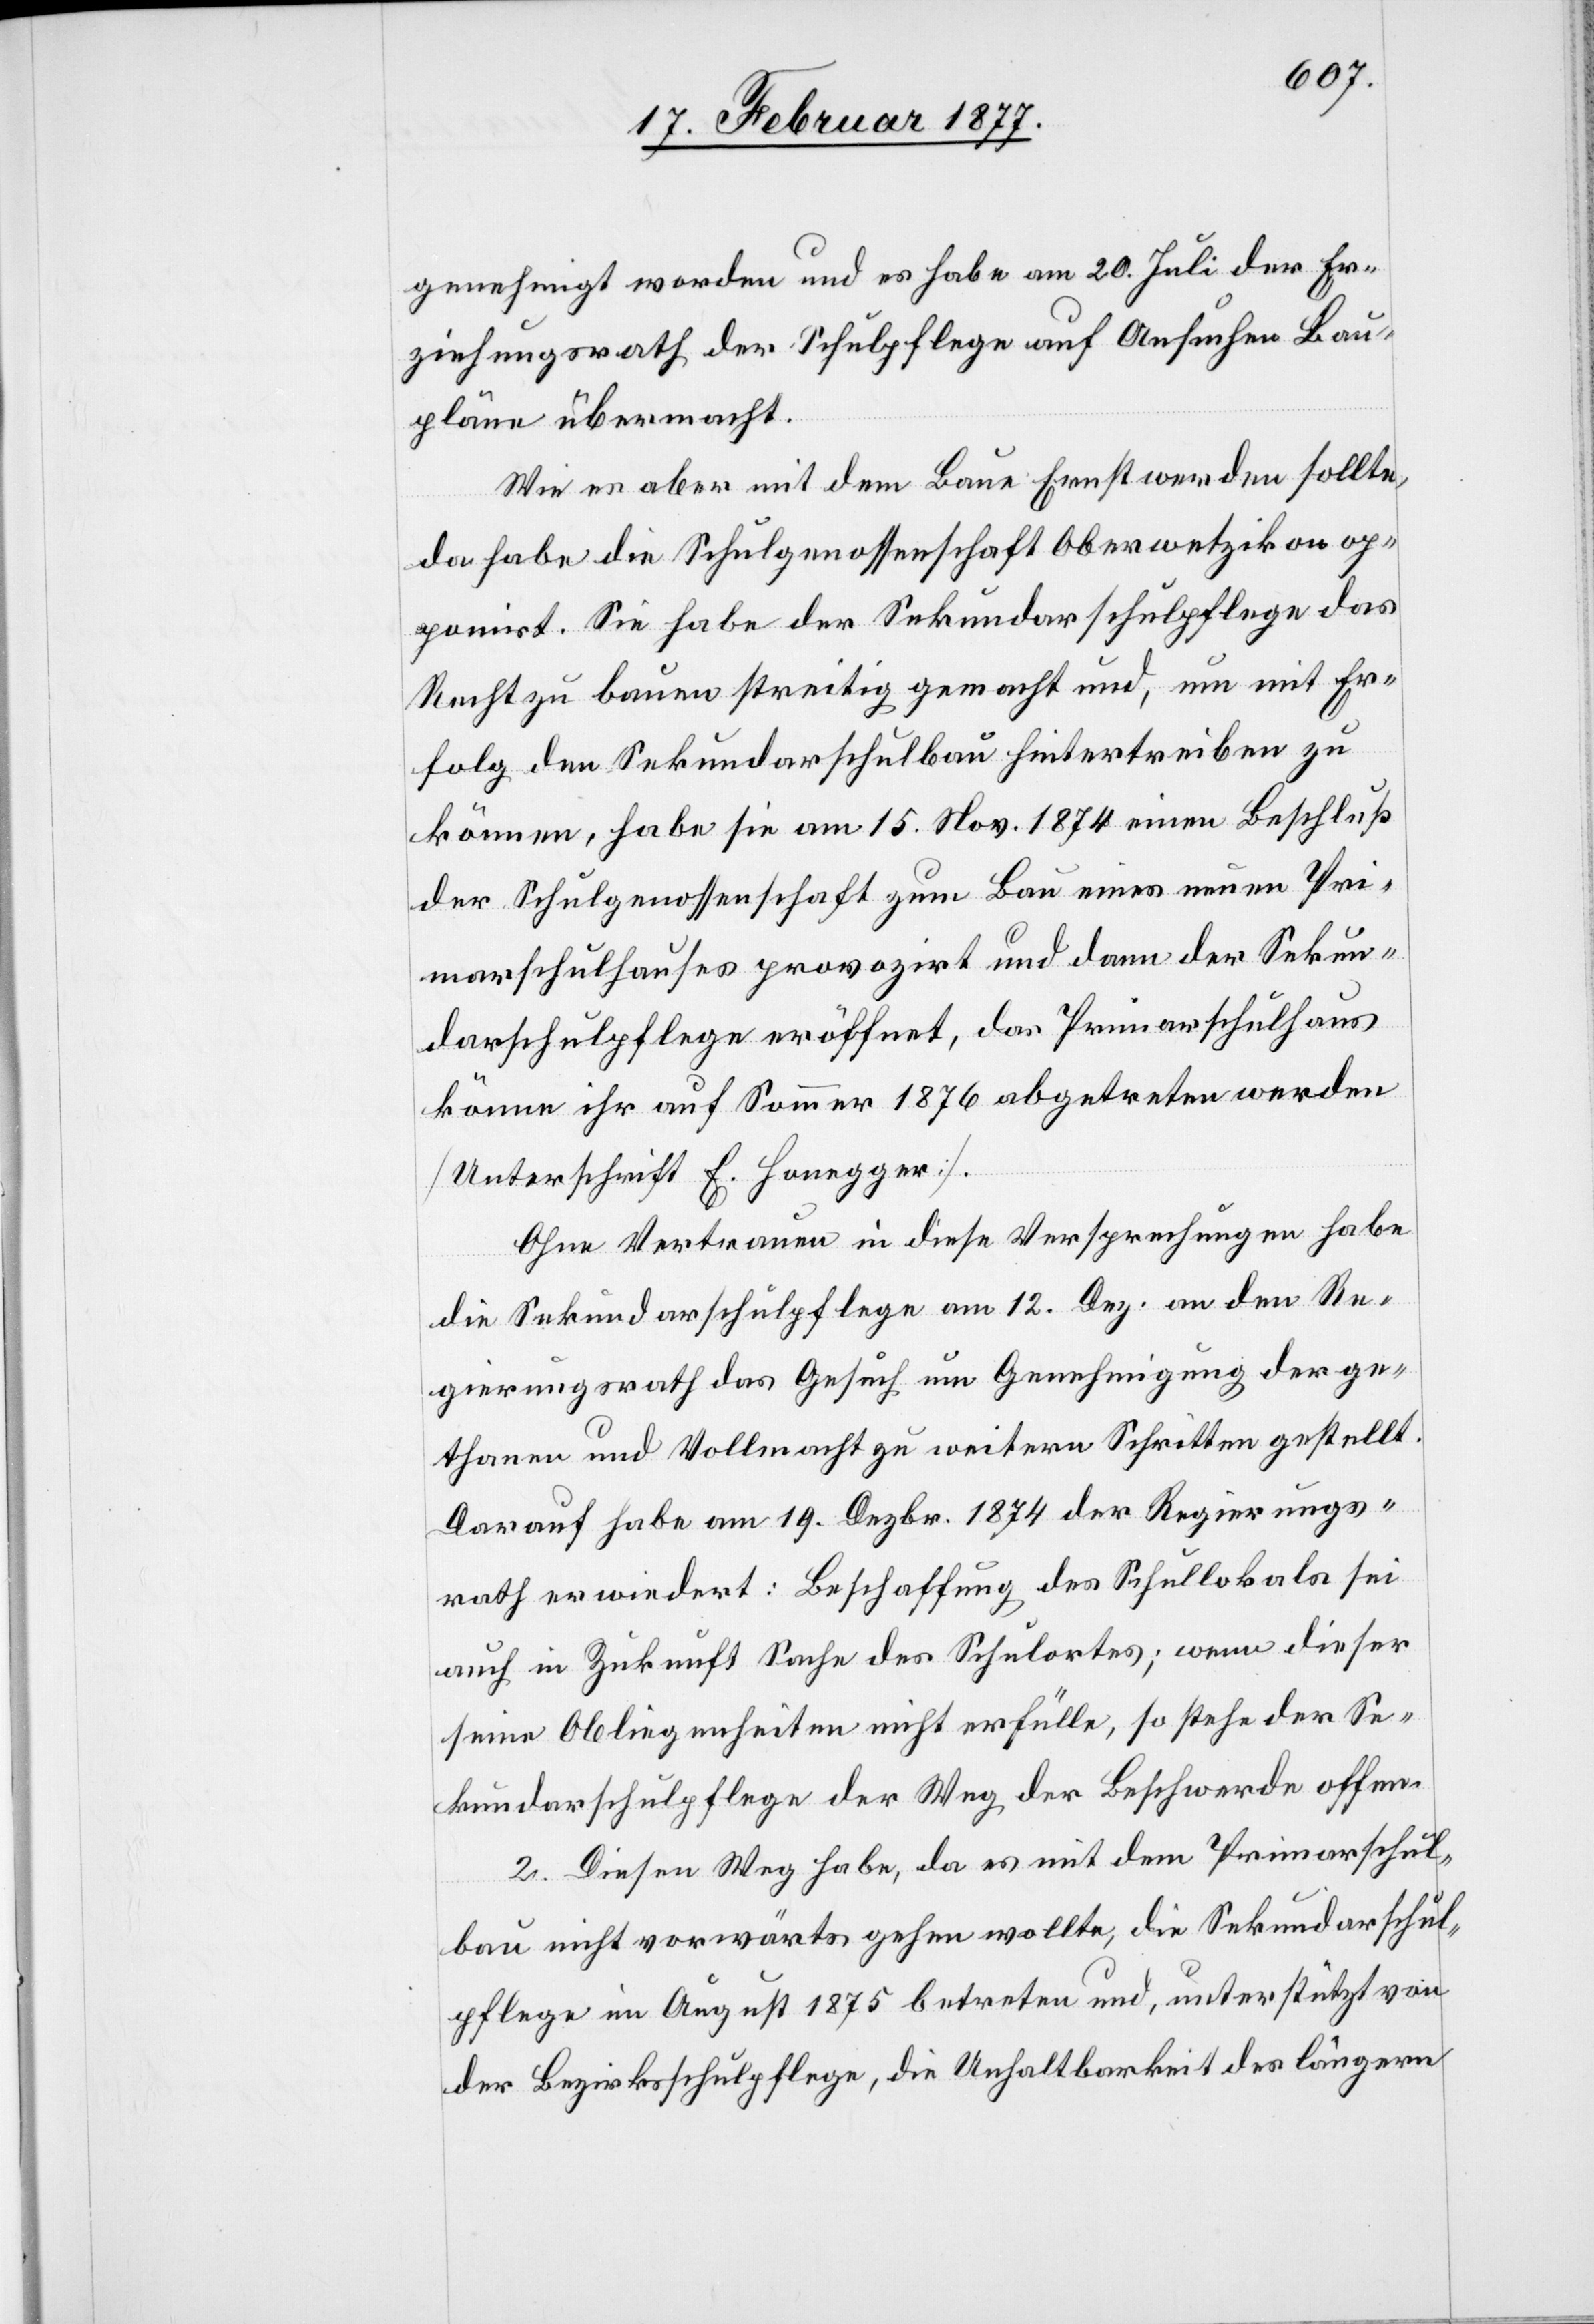
genehmigt worden und es habe am 20. Juli der Er¬
ziehungsrath der Schulpflege auf Ansuchen Bau¬
pläne übermacht.
Wie es aber mit dem Baue Ernst werden sollte,
da habe die Schulgenossenschaft Oberwetzikon op¬
ponirt. Sie habe der Sekundarschulpflege das
Recht zu bauen streitig gemacht und, um mit Er¬
folg den Sekundarschulbau hintertreiben zu
können, habe sie am 15. Nov. 1874 einen Beschluß
der Schulgenossenschaft zum Bau eines neuen Pri¬
marschulhauses provozirt und dann der Sekun¬
darschulpflege eröffnet, das Primarschulhaus
könne ihr auf Sommer 1876 abgetreten werden
[Unterschrift E. Honegger].
Ohne Vertrauen in diese Versprechungen habe
die Sekundarschulpflege am 12. Dez. an den Re¬
gierungsrath das Gesuch um Genehmigung der ge¬
thanen und Vollmacht zu weitern Schritten gestellt.
Darauf habe am 19. Dezbr. 1874 der Regierungs¬
rath erwiedert: Beschaffung des Schullokals sei
auch in Zukunft Sache des Schulortes; wenn dieser
seine Obliegenheiten nicht erfülle, so stehe der Se¬
kundarschulpflege der Weg der Beschwerde offen.
2. Diesen Weg habe, da es mit dem Primarschul¬
bau nicht vorwärts gehen wollte, die Sekundarschul¬
pflege im August 1875 betreten und, unterstützt von
der Bezirksschulpflege, die Unhaltbarkeit des längern